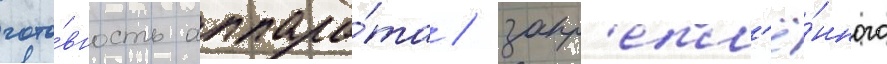
гото́вность аппара́та / закр'епл'ё́нного